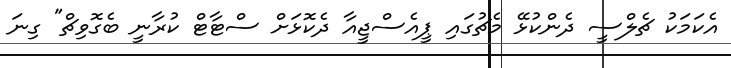
އެކަމަކު ޗެލްސީ ދެންކުޅޭ މެޗުގައި ޕީއެސްޖީއާ ދެކޮޅަށް ސްޓާޓް ކުރާނީ ބެގޮވިޗް" ގިނަ